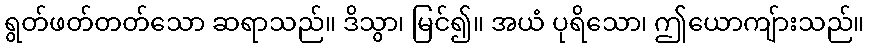
ရွတ်ဖတ်တတ်သော ဆရာသည်။ ဒိသွာ၊ မြင်၍။ အယံ ပုရိသော၊ ဤယောကျ်ားသည်။